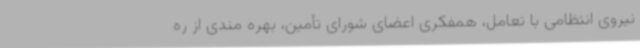
نیروی انتظامی با تعامل، همفکری اعضای شورای تأمین، بهره مندی از ره